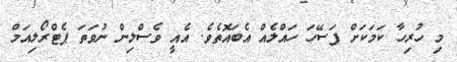
މި ހުރިހާ ކަމަކަށް ފަސޭހަ ހައްލެެއް އެބައޮތެވެ. އެއީ ވެސްލިން ނުވަތަ ޕެޓްރޯލިއަމް